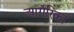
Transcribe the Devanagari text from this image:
आर्गेरिका